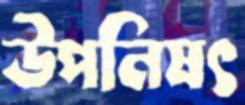
উপনিষৎ